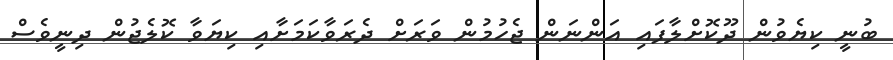
ބުނީ ކިޔެވުން ދޫކޮށްލާފައި އަންނަން ޖެހުމުން ވަރަށް ދެރަވާކަމަށާއި ކިޔަވާ ކޮލެޖުން ދިނީވެސް